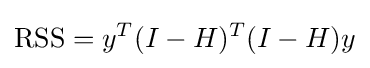
{\textrm {RSS}}=y^{T}(I-H)^{T}(I-H)y